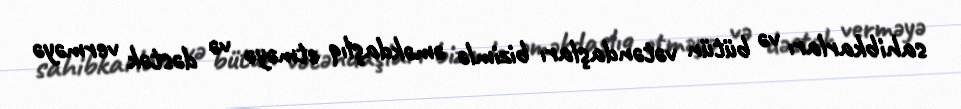
sahibkarları və bütün vətəndaşları bizimlə əməkdaşlıq etməyə və dəstək verməyə